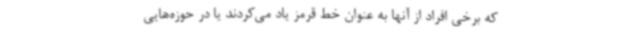
که برخی افراد از آنها به عنوان خط قرمز یاد می‌کردند یا در حوزه‌هایی